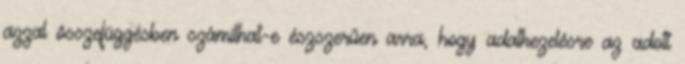
azzal összefüggésben számíthat-e észszerűen arra, hogy adatkezelésre az adott